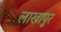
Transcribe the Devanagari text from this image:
लाखापुर